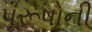
પૂરૂષોની